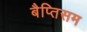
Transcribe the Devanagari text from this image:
बैप्तिसम